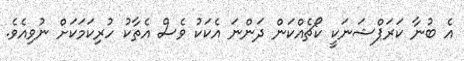
އެ ބުނާ ކަރަޕްޝަނަކީ ކޯޗެއްކަން ދަންނަ އެކަކު ވެސް އެތާކު ހުރިކަމަކަށް ނުވިއެވެ.